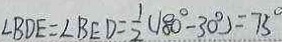
\angle B D E = \angle B E D = \frac { 1 } { 2 } ( 1 8 0 ^ { \circ } - 3 0 ^ { \circ } ) = 7 5 ^ { \circ }